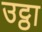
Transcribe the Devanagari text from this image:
उट्ठा